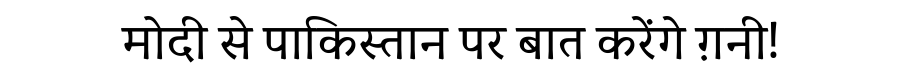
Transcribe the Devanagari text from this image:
मोदी से पाकिस्तान पर बात करेंगे ग़नी!